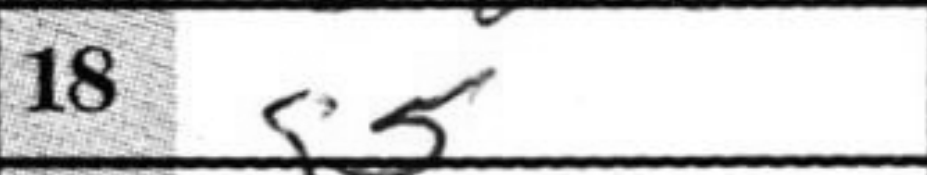
Transcription: g5